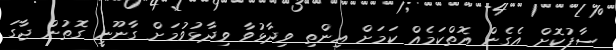
ސާފުކޮށް އެގެން އޮތްކަމެއް ކަމަށް އިންތި ވިދާޅުވާ ވިދާޅުވުމަށް ގާނޫނީ ގޮތުން ޖާގަ